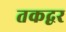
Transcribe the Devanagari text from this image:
तकद्वर